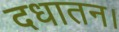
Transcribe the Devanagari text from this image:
दधातन।